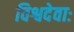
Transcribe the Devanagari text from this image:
विश्वदेवाः